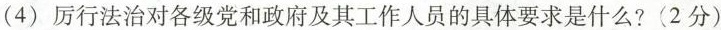
(4)厉行法治对各级党和政府及其工作人员的具体要求是什么?(2分)